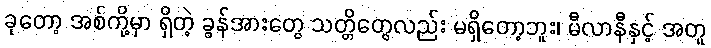
ခုတော့ အစ်ကို့မှာ ရှိတဲ့ ခွန်အားတွေ သတ္တိတွေလည်း မရှိတော့ဘူး၊ မီလာနီနှင့် အတူ